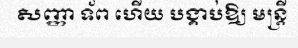
សញ្ញា ទ័ព ហើយ បង្គាប់ឱ្យ មន្ត្រី